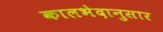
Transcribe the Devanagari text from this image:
कालभेदानुसार